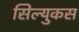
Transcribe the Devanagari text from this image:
सिल्युकस